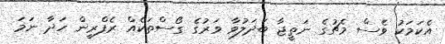
އެކަމަކު ވެސް މެޗުގެ ނަތީޖާ ބަދަލުވާ ވަރުގެ ގޯސްތަކެެެއް ރެފްރީން ހަދާ ނަމަ